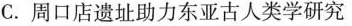
C. 周口店遗址助力东亚古人类学研究